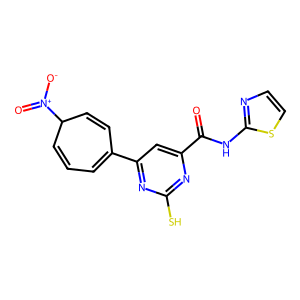
SMILES: O=C(Nc1nccs1)c1cc(C2=CC=CC([N+](=O)[O-])C=C2)nc(S)n1
Inhibits HIV replication: No